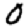
Digit: 0